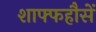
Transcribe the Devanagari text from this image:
शाफ्फहौसें